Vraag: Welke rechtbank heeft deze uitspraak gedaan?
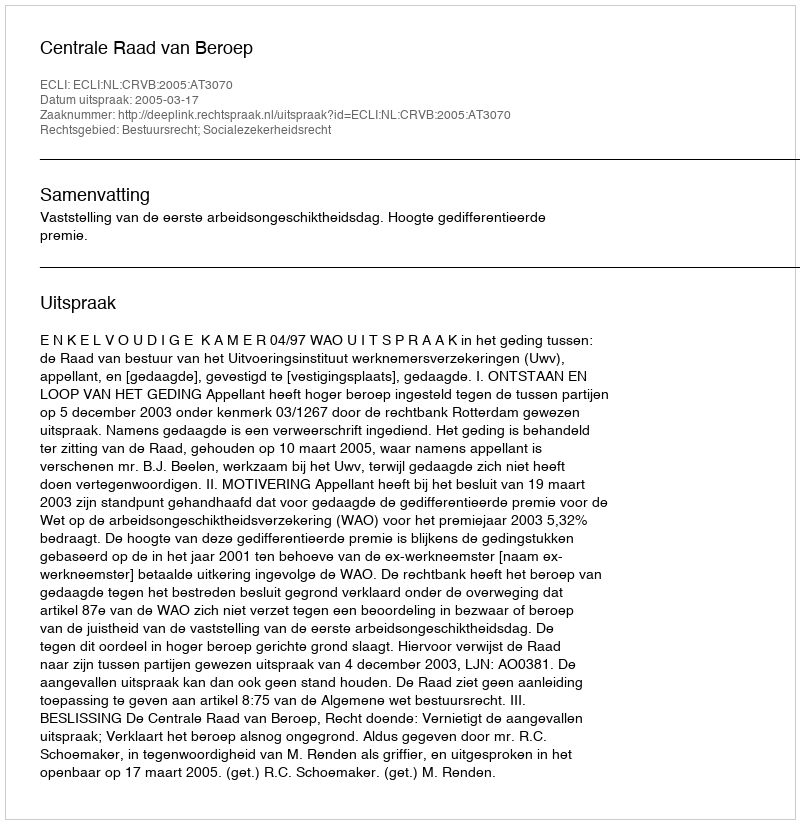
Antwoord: Centrale Raad van Beroep